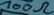
Text: 100Ω